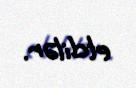
etdilər.